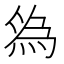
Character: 𬊓